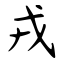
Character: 戎